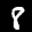
Label: 8